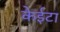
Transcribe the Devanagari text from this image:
केईटा